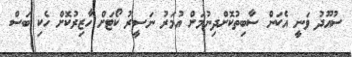
ސުއޫދު ވަނީ އެކަން ސާބިތުކޮށްދިނުމަށް އުމަރު ނަސީރު ކޯޓަށް ހާޒިރުކޮށް ހެކި ބަސް